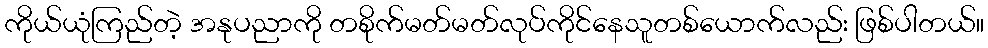
ကိုယ်ယုံကြည်တဲ့ အနုပညာကို တစိုက်မတ်မတ်လုပ်ကိုင်နေသူတစ်ယောက်လည်း ဖြစ်ပါတယ်။